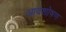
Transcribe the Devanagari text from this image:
आवशोषण